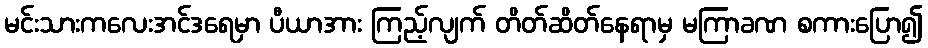
မင်းသားကလေးအင်ဒရေမှာ ပီယာအား ကြည့်လျက် တိတ်ဆိတ်နေရာမှ မကြာခဏ စကားပြော၍